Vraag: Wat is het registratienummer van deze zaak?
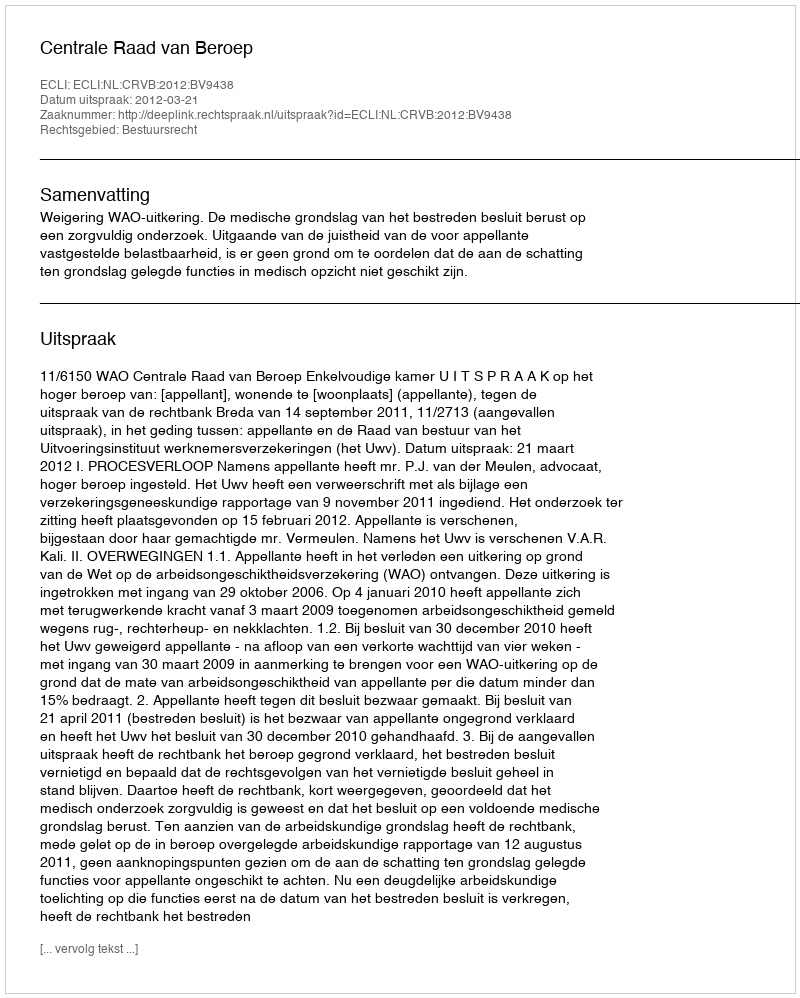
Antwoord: http://deeplink.rechtspraak.nl/uitspraak?id=ECLI:NL:CRVB:2012:BV9438